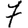
Digit: 7